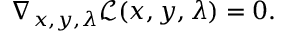
\nabla _ { x , y , \lambda } { \mathcal { L } } ( x , y , \lambda ) = 0 .